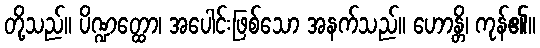
တို့သည်။ ပိဏ္ဍတ္ထော၊ အပေါင်းဖြစ်သော အနက်သည်။ ဟောန္တိ၊ ကုန်၏။